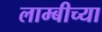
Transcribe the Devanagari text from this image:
लाम्बीच्या